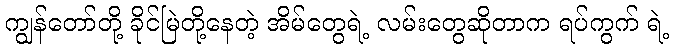
ကျွန်တော်တို့ ခိုင်မြဲတို့နေတဲ့ အိမ်တွေရဲ့ လမ်းတွေဆိုတာက ရပ်ကွက် ရဲ့